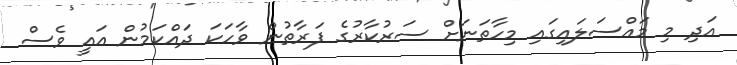
އަދި މި މައްސަލައިގައި މިހާތަނަށް ސަރުކާރުގެ ފަރާތުން ވާހަކަ ދައްކަމުން އައީ ވެސް